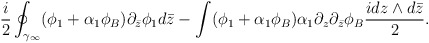
\begin{align*}\frac{i}{2}\oint_{\gamma_\infty}(\phi_1+\alpha_1\phi_B)\partial_{\bar z}\phi_1d\bar z -\int (\phi_1+\alpha_1\phi_B) \alpha_1\partial_z\partial_{\bar z}\phi_B\frac{idz\wedge d\bar z}{ 2}.\end{align*}